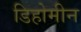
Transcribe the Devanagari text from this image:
डिहोमीन